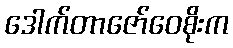
ဒေါက်တာဇော်ဝေစိုးက